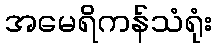
အမေရိကန်သံရုံး